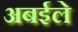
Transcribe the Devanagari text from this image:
अबईले